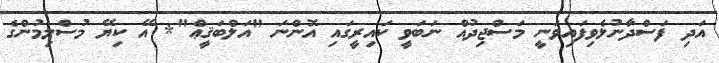
އަދި ފަސްދާނުލެވިފައިވަނީ މަސްޖިދުއް ނަބަވީ ކައިރީގައި އޮންނަ "އަލްބަޤީޢް"* އޭ ކިޔޭ މުސްލިމުންގެ